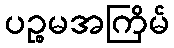
ပဉ္စမအကြိမ်